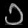
Digit: ၁